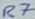
Text: R7